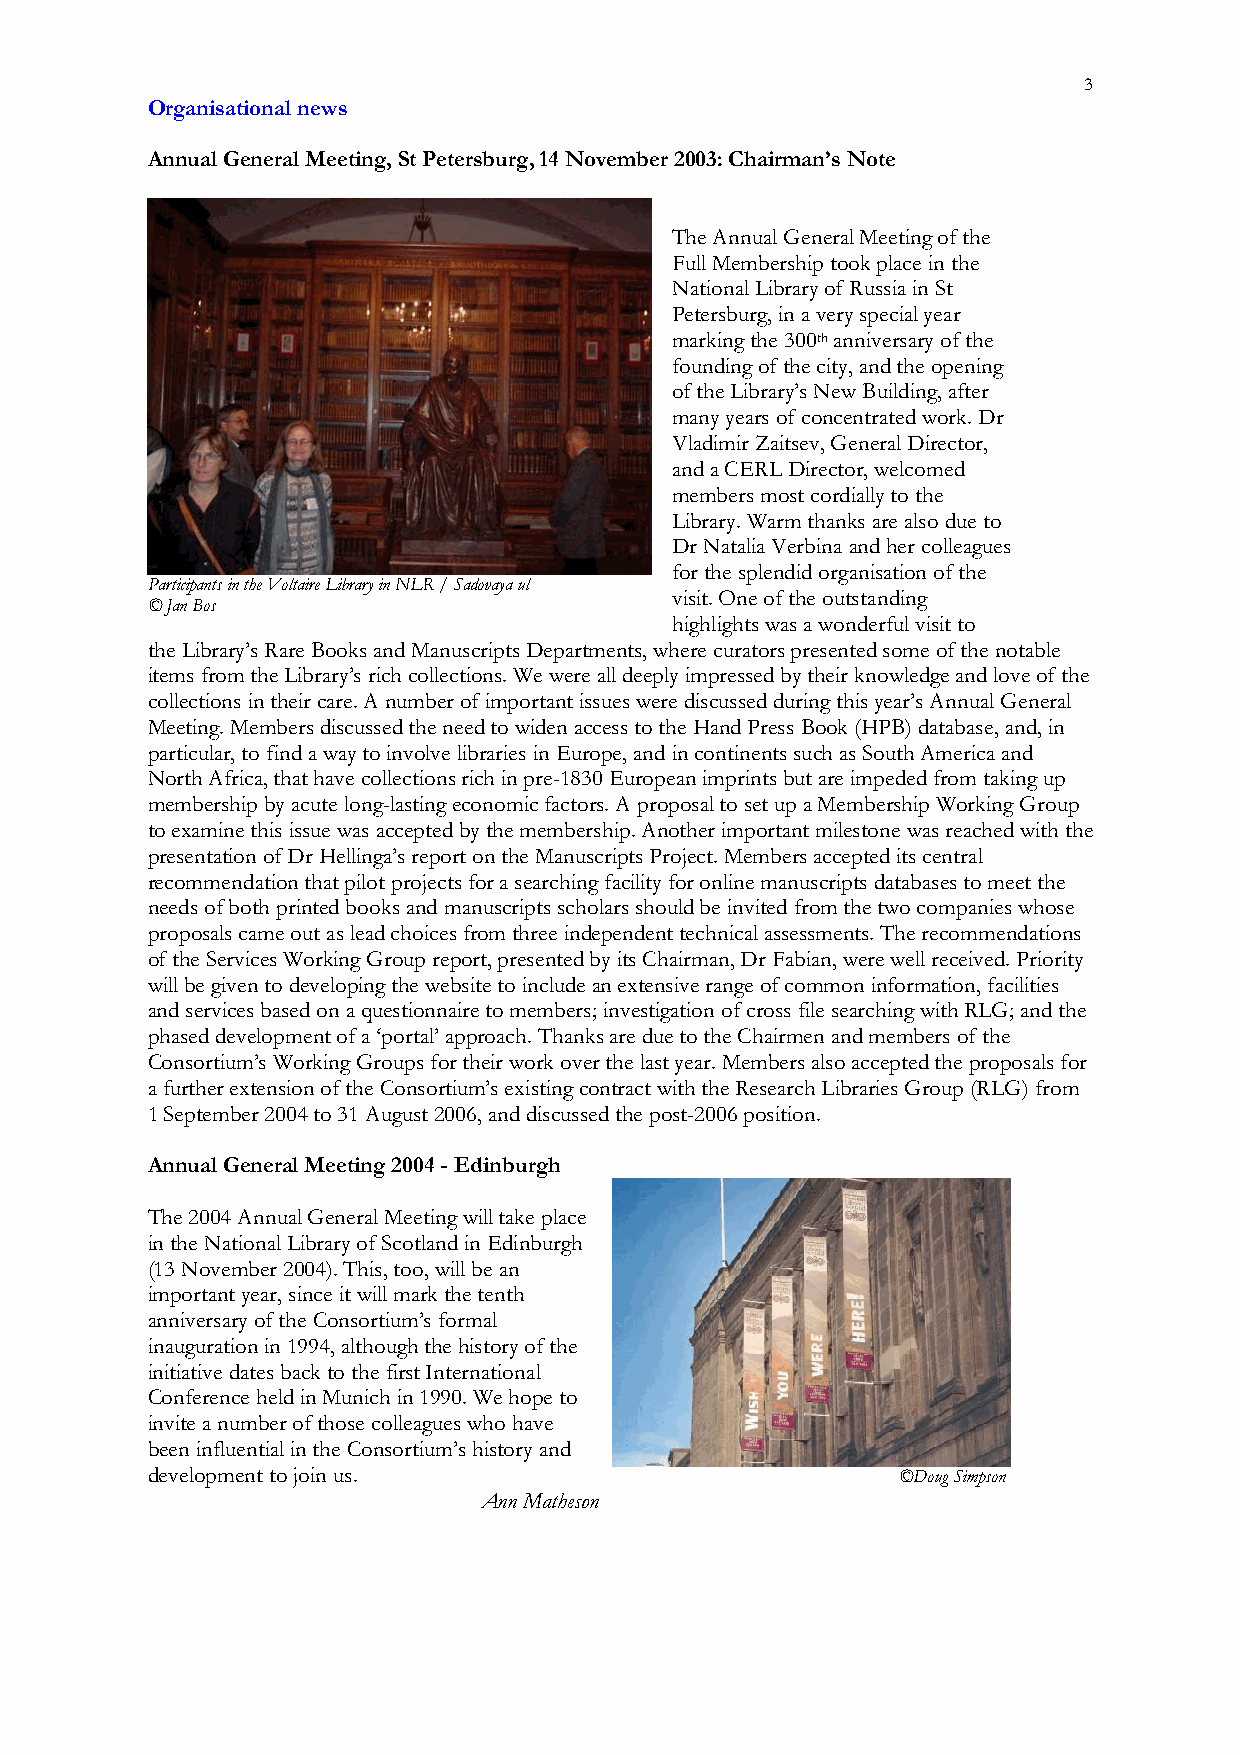
3
 Organisational news
 Annual General Meeting, St Petersburg, 14 November 2003: Chairman’s Note
 The Annual General Meeting of the
 Full Membership took place in the
 National Library of Russia in St
 Petersburg, in a very special year
 marking the 300th anniversary of the
 founding of the city, and the opening
 of the Library’s New Building, after
 many years of concentrated work. Dr
 Vladimir Zaitsev, General Director,
 and a CERL Director, welcomed
 members most cordially to the
 Library. Warm thanks are also due to
 Dr Natalia Verbina and her colleagues
 for the splendid organisation of the
 Participants in the Voltaire Library in NLR / Sadovaya ul
 visit. One of the outstanding
 © Jan Bos
 highlights was a wonderful visit to
 the Library’s Rare Books and Manuscripts Departments, where curators presented some of the notable
 items from the Library’s rich collections. We were all deeply impressed by their knowledge and love of the
 collections in their care. A number of important issues were discussed during this year’s Annual General
 Meeting. Members discussed the need to widen access to the Hand Press Book (HPB) database, and, in
 particular, to find a way to involve libraries in Europe, and in continents such as South America and
 North Africa, that have collections rich in pre-1830 European imprints but are impeded from taking up
 membership by acute long-lasting economic factors. A proposal to set up a Membership Working Group
 to examine this issue was accepted by the membership. Another important milestone was reached with the
 presentation of Dr Hellinga’s report on the Manuscripts Project. Members accepted its central
 recommendation that pilot projects for a searching facility for online manuscripts databases to meet the
 needs of both printed books and manuscripts scholars should be invited from the two companies whose
 proposals came out as lead choices from three independent technical assessments. The recommendations
 of the Services Working Group report, presented by its Chairman, Dr Fabian, were well received. Priority
 will be given to developing the website to include an extensive range of common information, facilities
 and services based on a questionnaire to members; investigation of cross file searching with RLG; and the
 phased development of a ‘portal’ approach. Thanks are due to the Chairmen and members of the
 Consortium’s Working Groups for their work over the last year. Members also accepted the proposals for
 a further extension of the Consortium’s existing contract with the Research Libraries Group (RLG) from
 1 September 2004 to 31 August 2006, and discussed the post-2006 position.
 Annual General Meeting 2004 - Edinburgh
 The 2004 Annual General Meeting will take place
 in the National Library of Scotland in Edinburgh
 (13 November 2004). This, too, will be an
 important year, since it will mark the tenth
 anniversary of the Consortium’s formal
 inauguration in 1994, although the history of the
 initiative dates back to the first International
 Conference held in Munich in 1990. We hope to
 invite a number of those colleagues who have
 been influential in the Consortium’s history and
 development to join us.                           ©Doug Simpson
 Ann Matheson